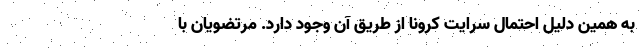
به همین دلیل احتمال سرایت کرونا از طریق آن وجود دارد. مرتضویان با